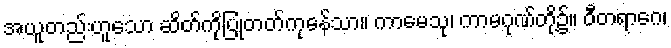
အယူတည်းဟူသော ဆိတ်ကိုပြုတတ်ကုနေ်သာ။ ကာမေသု၊ ကာမဂုဏ်တို့၌။ ဝီတရာဂေ၊